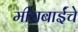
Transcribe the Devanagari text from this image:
मीराबाईंचे